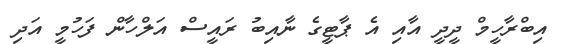
އިބްރާހީމް ދީދީ އާއި އެ ޕާޓީގެ ނާއިބު ރައީސް އަލްހާން ފަހުމީ އަދި